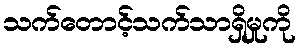
သက်တောင့်သက်သာရှိမှုကို